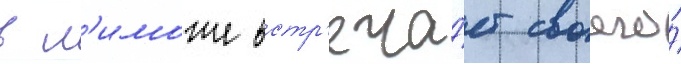
в л'иможе встр'еча́ет своего́